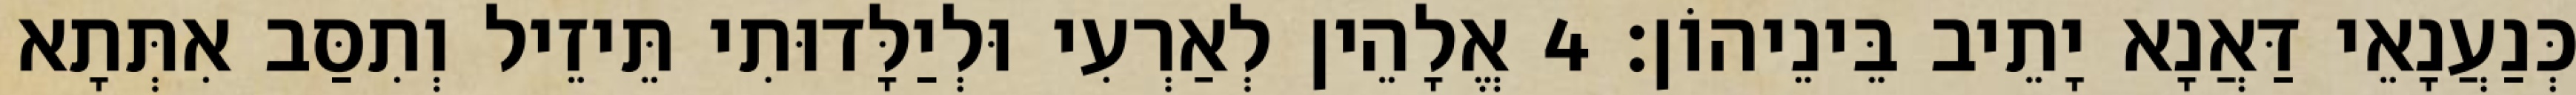
כְּנַעֲנָאֵי דַּאֲנָא יָתֵיב בֵּינֵיהוֹן׃ 4 אֱלָהֵין לְאַרְעִי וּלְיַלָּדוּתִי תֵּיזֵיל וְתִסַּב אִתְּתָא